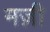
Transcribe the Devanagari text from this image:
मज़ी